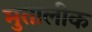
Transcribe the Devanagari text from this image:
मुतालीक